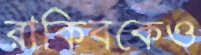
রাকিবকেও